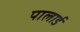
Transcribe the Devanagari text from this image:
पालार्ड